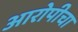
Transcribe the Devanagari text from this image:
आरोपीचा